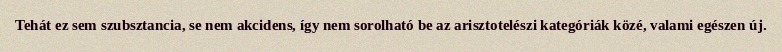
Tehát ez sem szubsztancia, se nem akcidens, így nem sorolható be az arisztotelészi kategóriák közé, valami egészen új.